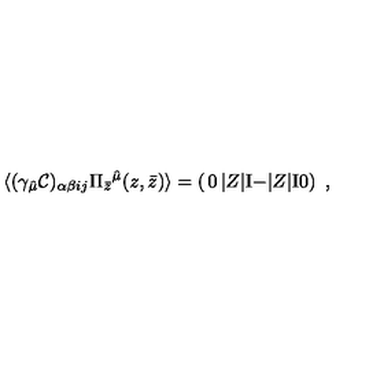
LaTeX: \langle ( \gamma _ { \hat { \mu } } { \cal C } ) _ { \alpha \beta i j } \Pi _ { \bar { z } } { } ^ { \hat { \mu } } ( z , \bar { z } ) \rangle = \left( \begin{matrix} { 0 } & { | Z | \mathrm { I } } \\ { - | Z | \mathrm { I } } & { 0 } \\ \end{matrix} \right) \ ,